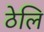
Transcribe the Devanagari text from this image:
ठेलि